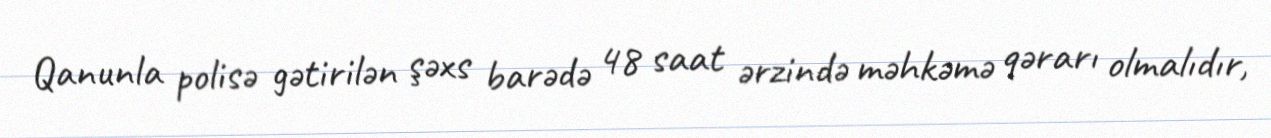
Qanunla polisə gətirilən şəxs barədə 48 saat ərzində məhkəmə qərarı olmalıdır,